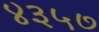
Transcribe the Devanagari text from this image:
४३५७